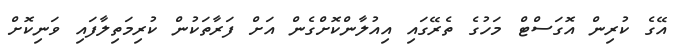
އޭގެ ކުރިން އޮގަސްޓް މަހުގެ ތެރޭގައި އިއުލާންކޮށްގެން އަށް ފަރާތަކުން ކުރިމަތިލާފައި ވަނިކޮށް